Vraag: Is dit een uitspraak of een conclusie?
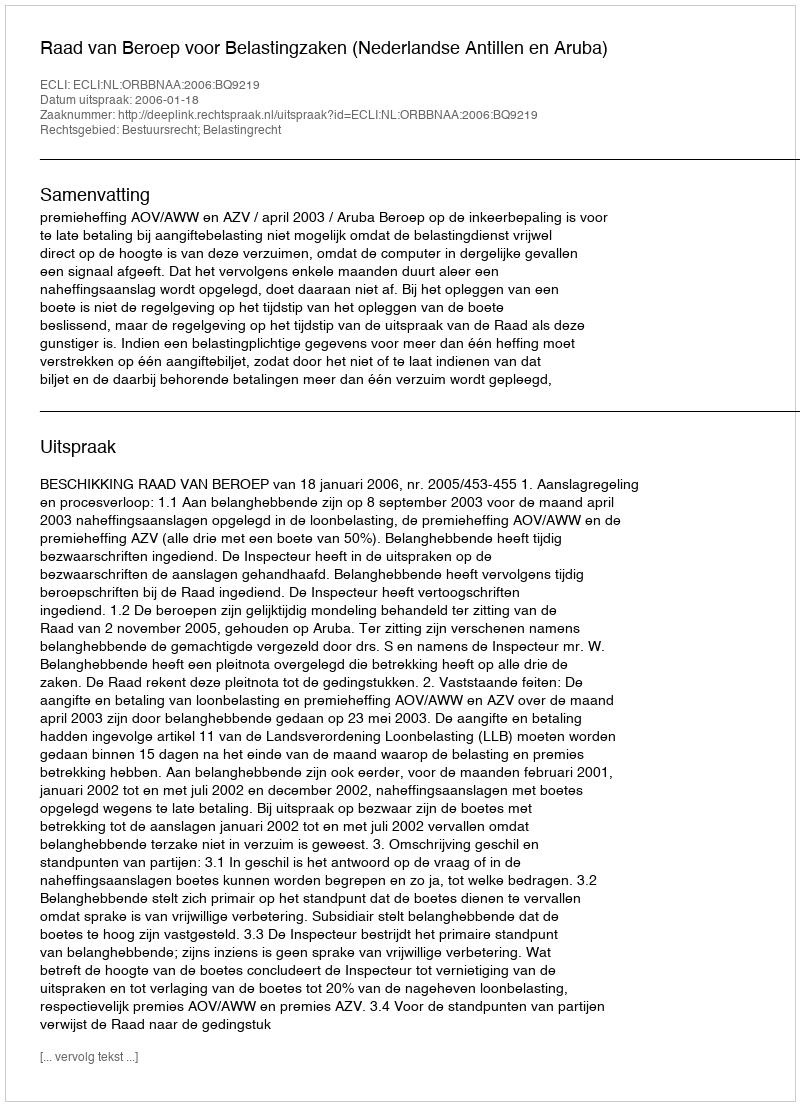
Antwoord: Uitspraak